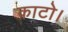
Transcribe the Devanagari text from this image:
काटो।